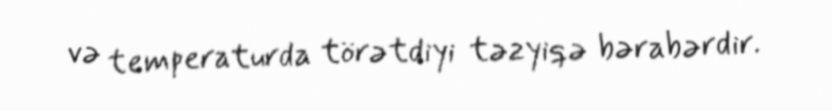
və temperaturda törətdiyi təzyiqə bərabərdir.